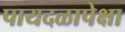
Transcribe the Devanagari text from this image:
पायदळापेक्षा